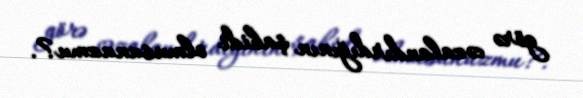
görə cəzalandırdığının şahidi olmusunuzmu?.